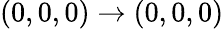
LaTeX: (0,0,0)\rightarrow(0,0,0)